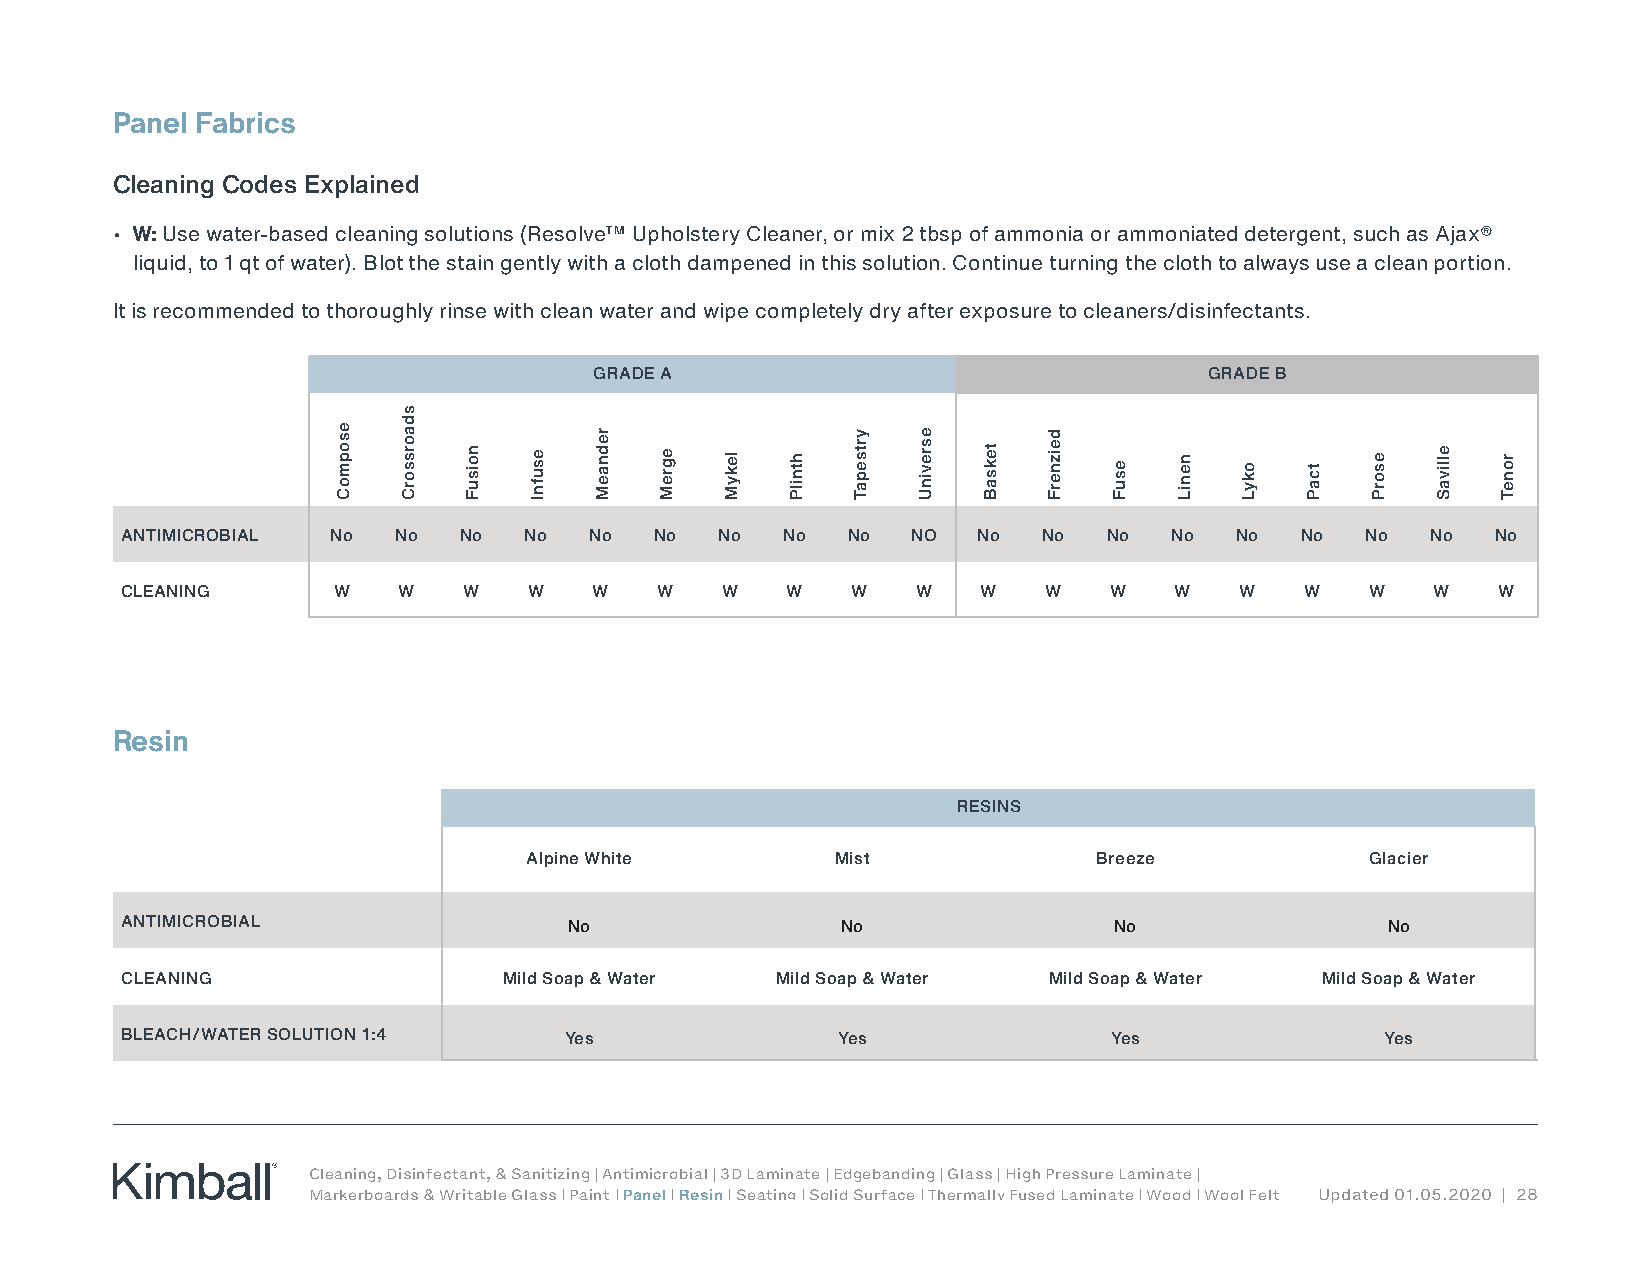
Panel Fabrics
 Cleaning Codes Explained
 • W: Use water-based cleaning solutions (Resolve™ Upholstery Cleaner, or mix 2 tbsp of ammonia or ammoniated detergent, such as Ajax®
 liquid, to 1 qt of water). Blot the stain gently with a cloth dampened in this solution. Continue turning the cloth to always use a clean portion.
 It is recommended to thoroughly rinse with clean water and wipe completely dry after exposure to cleaners/disinfectants.
 GRADE A                                  GRADE B
 ANTIMICROBIAL No  No  No   No  No  No   No  No  No  NO   No  No  No   No  No  No  No   No  No
 CLEANING      W   W    W   W   W   W    W   W   W    W   W   W   W    W   W   W    W   W   W
 Resin
 RESINS
 Alpine White        Mist              Breeze            Glacier
 ANTIMICROBIAL                 No                No                No                No
 CLEANING                 Mild Soap & Water Mild Soap & Water Mild Soap & Water Mild Soap & Water
 BLEACH/WATER SOLUTION 1:4    Yes               Yes                Yes               Yes
 Cleaning, Disinfectant, & Sanitizing | Antimicrobial | 3D Laminate | Edgebanding | Glass | High Pressure Laminate |
 Markerboards & Writable Glass | Paint | Panel | Resin | Seating | Solid Surface | Thermally Fused Laminate | Wood | Wool Felt Updated 01.05.2020 | 28
 esopmoC
 sdaorssorC
 noisuF esufnI
 rednaeM
 egreM lekyM htnilP
 yrtsepaT esrevinU
 teksaB
 deiznerF
 esuF neniL okyL tcaP esorP ellivaS roneT